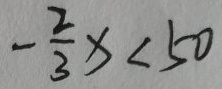
- \frac { 2 } { 3 } x < 5 0